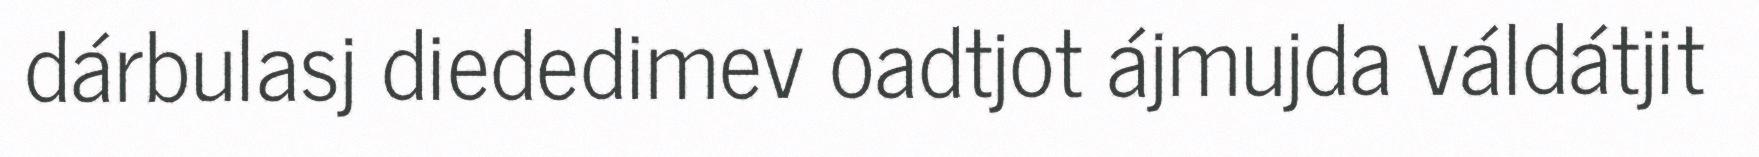
dárbulasj diededimev oadtjot ájmujda váldátjit